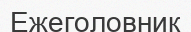
Ежеголовник